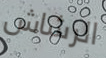
الرشاش